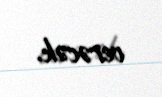
verəcək.